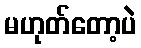
မဟုတ်တော့ပဲ